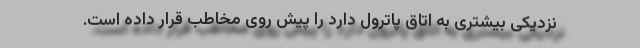
نزدیکی بیشتری به اتاق پاترول دارد را پیش روی مخاطب قرار داده است.